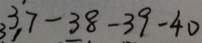
3 7 - 3 8 - 3 9 - 4 0